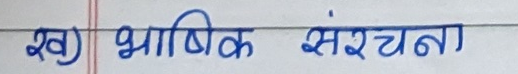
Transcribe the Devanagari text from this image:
ख) भाषिक संरचना